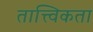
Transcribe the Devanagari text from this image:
तात्त्विकता